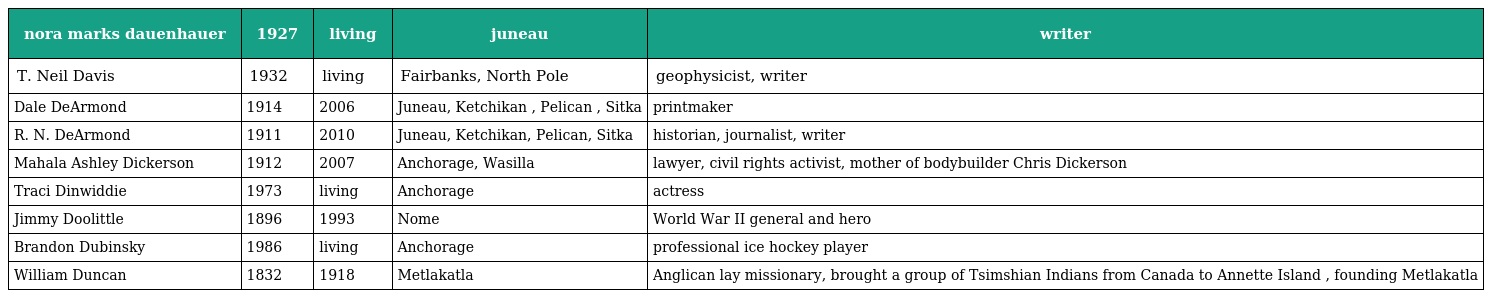
| nora marks dauenhauer | 1927 | living | juneau | writer |
 | --- | --- | --- | --- | --- |
 | T. Neil Davis | 1932 | living | Fairbanks, North Pole | geophysicist, writer |
 | Dale DeArmond | 1914 | 2006 | Juneau, Ketchikan , Pelican , Sitka | printmaker |
 | R. N. DeArmond | 1911 | 2010 | Juneau, Ketchikan, Pelican, Sitka | historian, journalist, writer |
 | Mahala Ashley Dickerson | 1912 | 2007 | Anchorage, Wasilla | lawyer, civil rights activist, mother of bodybuilder Chris Dickerson |
 | Traci Dinwiddie | 1973 | living | Anchorage | actress |
 | Jimmy Doolittle | 1896 | 1993 | Nome | World War II general and hero |
 | Brandon Dubinsky | 1986 | living | Anchorage | professional ice hockey player |
 | William Duncan | 1832 | 1918 | Metlakatla | Anglican lay missionary, brought a group of Tsimshian Indians from Canada to Annette Island , founding Metlakatla |